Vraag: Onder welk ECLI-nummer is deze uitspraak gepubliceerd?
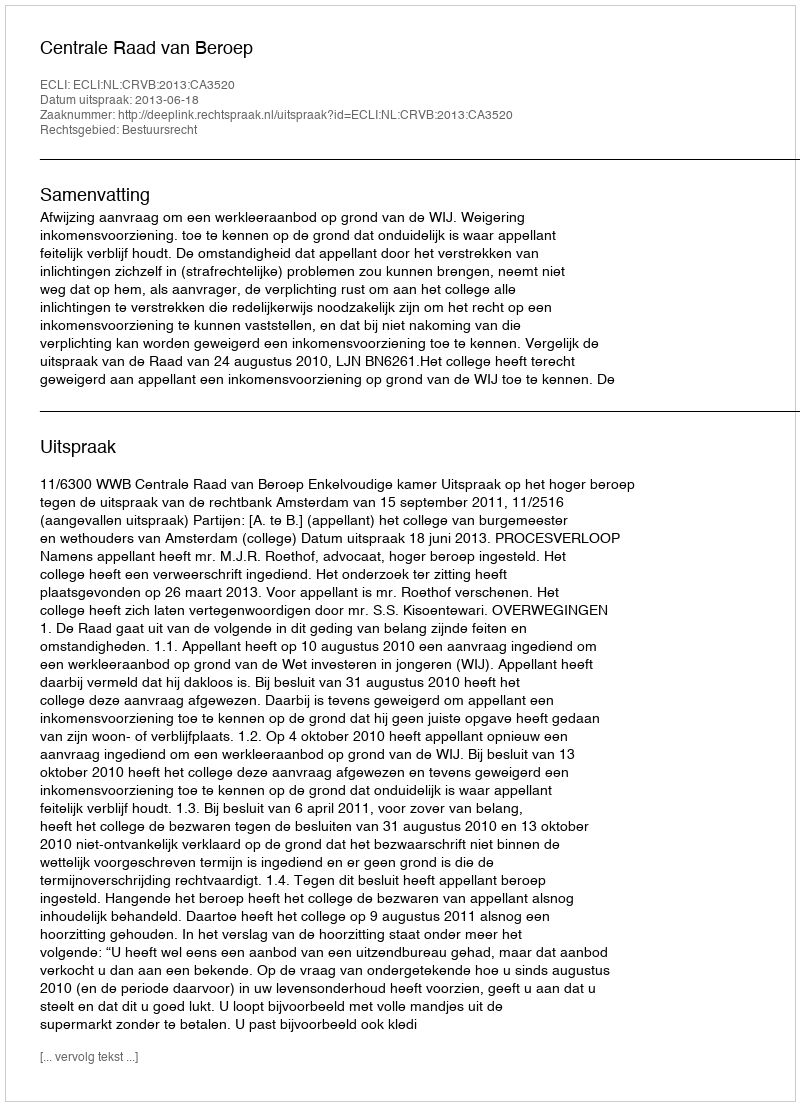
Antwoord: ECLI:NL:CRVB:2013:CA3520